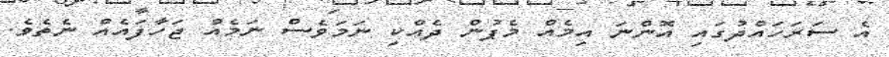
އެ ސަރަހައްދުގައި އޮންނަ އިމެއް މެޕުން ދެއްކި ނަމަވެސް ނަމެއް ޖަހާފައެއް ނެތެވެ.